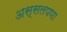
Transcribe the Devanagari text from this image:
अस्सलपणा